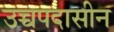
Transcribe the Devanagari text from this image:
उच्चपदासीन